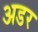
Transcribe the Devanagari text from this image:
अडर